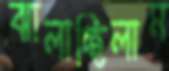
ঝালাচ্ছিলাম